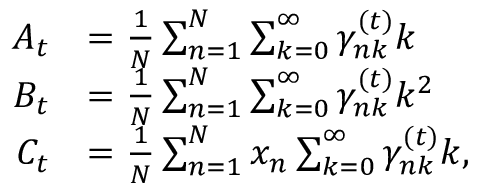
\begin{array} { r l } { A _ { t } } & { = \frac { 1 } { N } \sum _ { n = 1 } ^ { N } \sum _ { k = 0 } ^ { \infty } \gamma _ { n k } ^ { ( t ) } k } \\ { B _ { t } } & { = \frac { 1 } { N } \sum _ { n = 1 } ^ { N } \sum _ { k = 0 } ^ { \infty } \gamma _ { n k } ^ { ( t ) } k ^ { 2 } } \\ { C _ { t } } & { = \frac { 1 } { N } \sum _ { n = 1 } ^ { N } x _ { n } \sum _ { k = 0 } ^ { \infty } \gamma _ { n k } ^ { ( t ) } k , } \end{array}